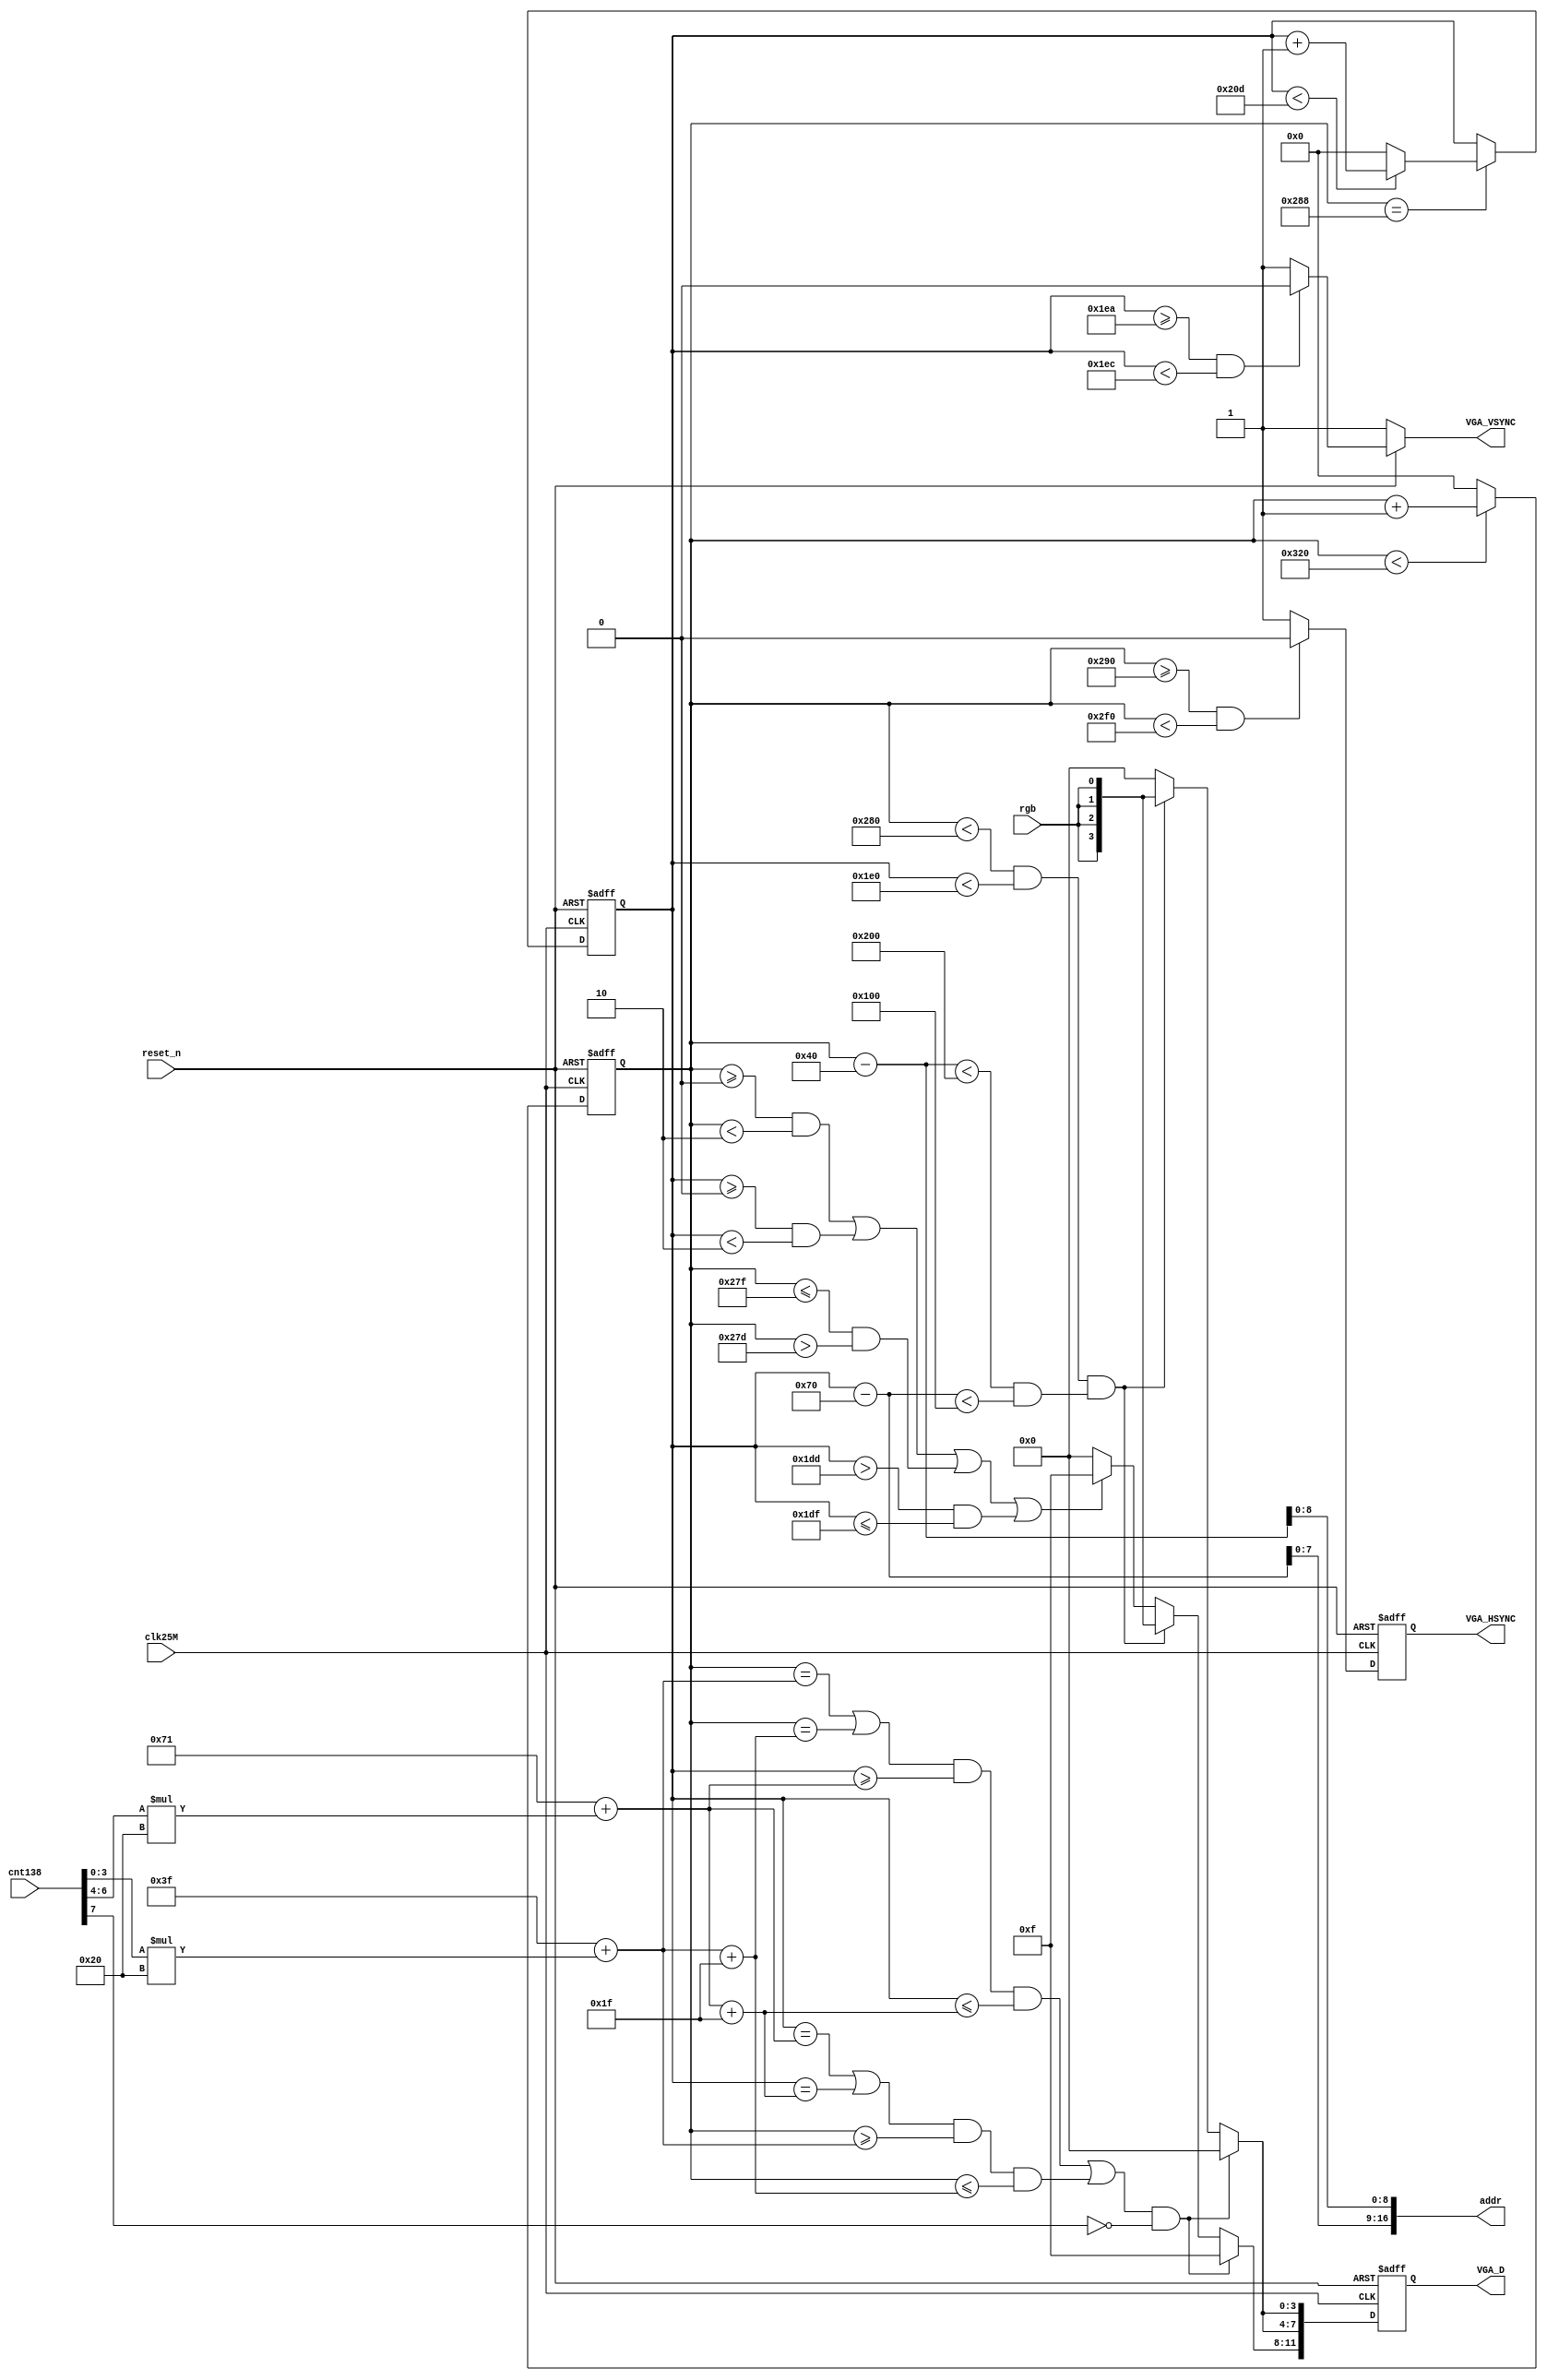
module vga_disp	
(
	input					clk25M,
	input				   reset_n,
	//input     [ 5:0]	rgb,
	input           	rgb,
	input		 [7:0]	cnt138,
	
	output		 	   VGA_HSYNC,
	output 		 	   VGA_VSYNC,
	output	 [16:0]	addr,
	
	output reg[11:0]  VGA_D
);		

reg				hs;
reg				vs;
reg	[9:0]		hcnt;
reg   [9:0] 	vcnt;	
	
wire [10:0] 	x;
wire [10:0] 	y;
wire 				dis_en;

	
assign VGA_VSYNC = vs;
assign VGA_HSYNC = hs;
assign addr = {y[7:0],x[8:0]};
assign x = hcnt-(640-512)/2;
assign y = vcnt-(480-256)/2;
assign dis_en = (x<512 && y<256);
			
always @(posedge clk25M or negedge reset_n) begin			//
	if(!reset_n)
		hcnt <= 0;
	else begin
		if (hcnt < 800)
				hcnt <= hcnt + 1'b1;
		else
				hcnt <= 0;
	end
end
			
always @(posedge clk25M or negedge reset_n) begin			//
	if(!reset_n)
		vcnt <= 0;
	else begin
		if (hcnt == 640 + 8) begin
			if (vcnt < 525)
				vcnt <= vcnt + 1'b1;
			else
				vcnt <= 0;
		end
	end
end
			
always @(posedge clk25M or negedge reset_n) begin			//
	if(!reset_n)
		hs	<=	1;
	else begin
		if((hcnt >=640+8+8) & (hcnt < 640+8+8+96))
			hs <= 1'b0;
		else
			hs <= 1'b1;
	end
end
			
always @(vcnt or reset_n) begin							//
	if(!reset_n)
		vs	<=	1;
	else begin
		if((vcnt >= 480+8+2) &&(vcnt < 480+8+2+2))
			vs	<=	1'b0;
		else
			vs	<=	1'b1;
	end
end
	
wire [3:0] x_cnt;
wire [3:0] y_cnt;
wire [10:0] pic_x;
wire [10:0] pic_y;
assign x_cnt = x[8:5];
assign y_cnt = {1'b0, y[7:5]};
assign pic_x = 11'd63 + cnt138[3:0]*32;
assign pic_y = 11'd113 + cnt138[6:4]*32;	
always @(posedge clk25M or negedge reset_n) begin
	if(!reset_n)
		VGA_D <= 0;
	else begin
		if ((((hcnt==pic_x || hcnt==pic_x+11'd31) && vcnt>=pic_y && vcnt<=pic_y+11'd31) ||
			 ((vcnt==pic_y || vcnt==pic_y+11'd31) && hcnt>=pic_x && hcnt<=pic_x+11'd31)) && cnt138[7] != 1'b1) begin
				VGA_D <= 12'hf00;
		end
		else if (hcnt < 640 && vcnt < 480 && dis_en)	begin	//
			VGA_D[11:8] <= {rgb,rgb,rgb,rgb};
			VGA_D[7:4]  <= {rgb,rgb,rgb,rgb};
			VGA_D[3:0]  <= {rgb,rgb,rgb,rgb};
//			VGA_D[11:8] <= {rgb[1],rgb[1],rgb[0],rgb[0]};
//			VGA_D[7:4]  <= {rgb[3],rgb[3],rgb[2],rgb[2]};
//			VGA_D[3:0]  <= {rgb[5],rgb[5],rgb[4],rgb[4]};
		end
		else if((hcnt>=0 && hcnt<2) || (vcnt>=0 && vcnt<2) || (hcnt<=639 && hcnt>637) || (vcnt>477 && vcnt<=479))
			VGA_D <= 12'hf00;
		else
			VGA_D <= 0;

	end
end
				
endmodule